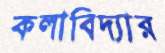
কলাবিদ্যার